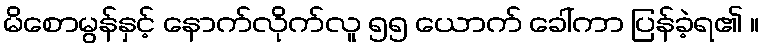
မိစောမွန်နှင့် နောက်လိုက်လူ ၅၅ ယောက် ခေါ်ကာ ပြန်ခဲ့ရ၏ ။